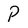
Character: P